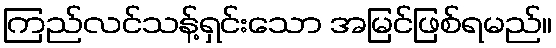
ကြည်လင်သန့်ရှင်းသော အမြင်ဖြစ်ရမည်။